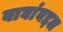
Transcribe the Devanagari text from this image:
वाघांबद्दल